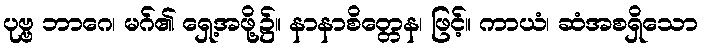
ပုဗ္ဗ ဘာဂေ၊ မဂ်၏ ရှေ့အဖို့၌။ နာနာစိတ္တေန၊ ဖြင့်။ ကာယံ၊ ဆံအစရှိသော